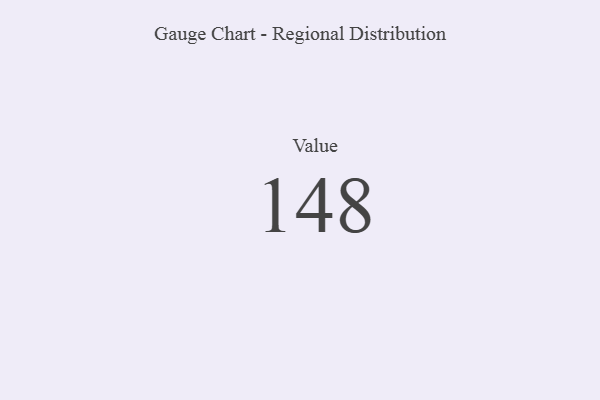
{"axis": {"x": "Metric", "y": "Value"}, "legend": [""], "data": [{"x": "Value", "y": 148, "type": ""}]}